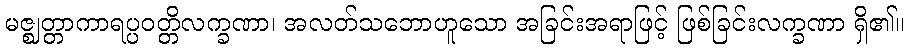
မဇ္ဈတ္တာကာရပ္ပဝတ္တိလက္ခဏာ၊ အလတ်သဘောဟူသော အခြင်းအရာဖြင့် ဖြစ်ခြင်းလက္ခဏာ ရှိ၏။